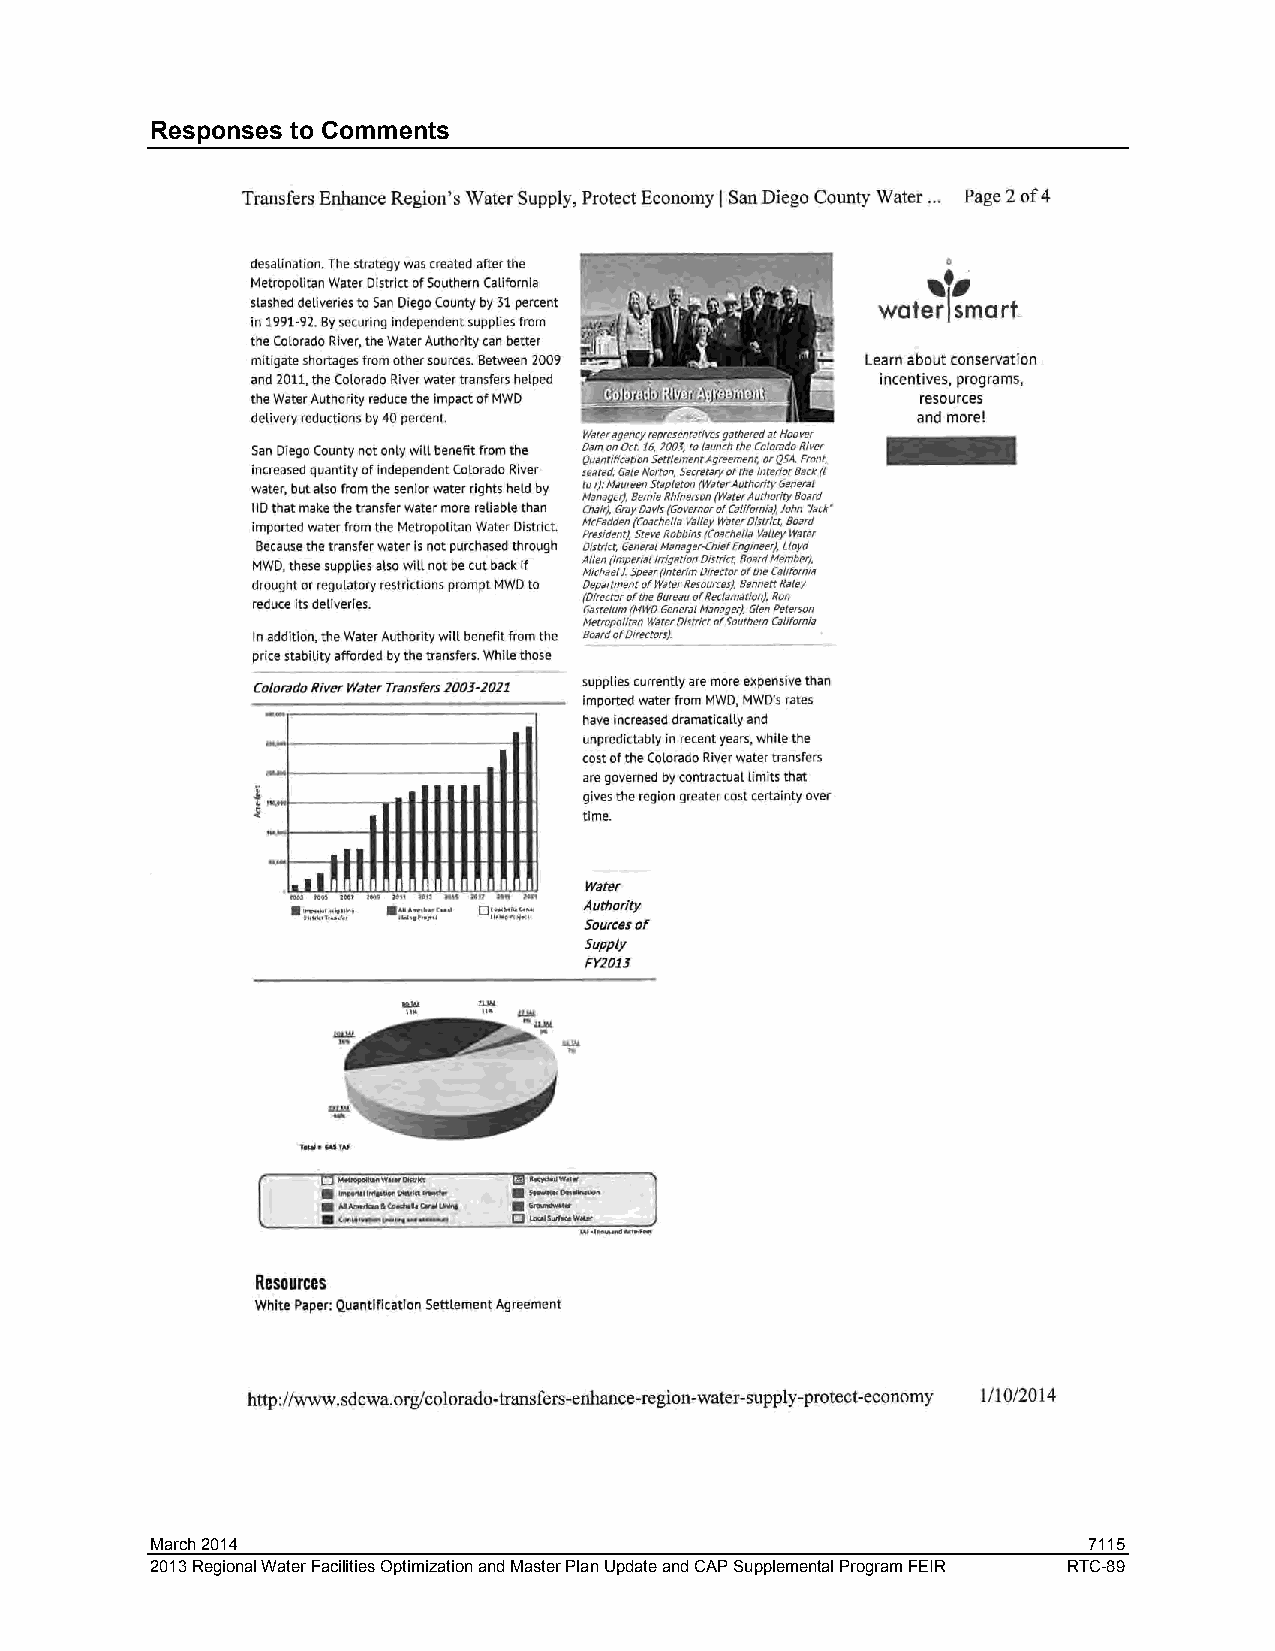
Responses to Comments
 March 2014                                                    7115
 2013 Regional Water Facilities Optimization and Master Plan Update and CAP Supplemental Program FEIR RTC-89